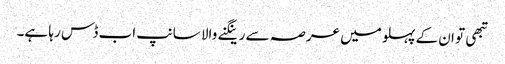
تبھی تو ان کے پہلو میں عرصہ سے رینگنے والا سانپ اب ڈس رہا ہے۔